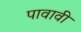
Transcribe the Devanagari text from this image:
पावावी